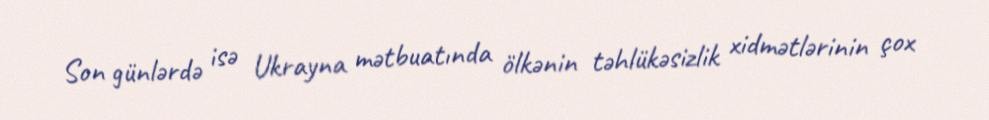
Son günlərdə isə Ukrayna mətbuatında ölkənin təhlükəsizlik xidmətlərinin çox